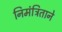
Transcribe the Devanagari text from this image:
निमंत्रिताने